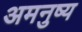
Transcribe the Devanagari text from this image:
अमनुष्य